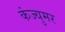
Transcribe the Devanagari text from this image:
कंज्युमर